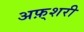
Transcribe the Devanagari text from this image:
अफ़्शरी